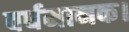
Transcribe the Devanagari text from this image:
वर्धमानक।